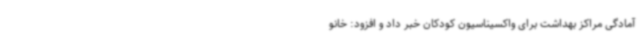
آمادگی مراکز بهداشت برای واکسیناسیون کودکان خبر داد و افزود: خانو